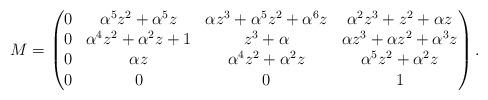
LaTeX: \begin{align*}M=\left(\begin{matrix}0 & \alpha^{5} z^{2} + \alpha^{5} z & \alpha z^{3} + \alpha^{5} z^{2} + \alpha^{6} z & \alpha^{2} z^{3} + z^{2} + \alpha z \\0 & \alpha^{4} z^{2} + \alpha^{2} z + 1 &z^{3} + \alpha & \alpha z^{3} + \alpha z^{2} + \alpha^{3} z \\0 & \alpha z & \alpha^{4} z^{2} +\alpha^{2} z & \alpha^{5} z^{2} +\alpha^{2} z \\0 & 0 & 0 & 1\end{matrix}\right).\end{align*}